Annual statistical returns and brief notes on vaccination in Bengal - 1909-1929
Year: 1909
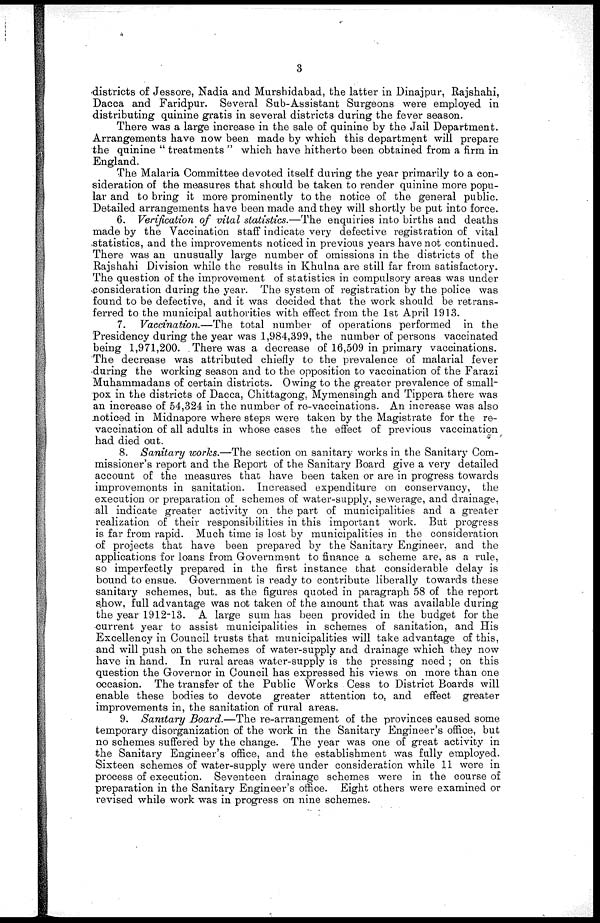
3
districts of Jessore, Nadia and Murshidabad, the latter in Dinajpur, Rajshahi,
Dacca and Faridpur. Several Sub-Assistant Surgeons were employed in
distributing quinine gratis in several districts during the fever season.
There was a large increase in the sale of quinine by the Jail Department.
Arrangements have now been made by which this department will prepare
the quinine " treatments " which have hitherto been obtained from a firm in
England.
The Malaria Committee devoted itself during the year primarily to a con-
sideration of the measures that should be taken to render quinine more popu-
lar and to bring it more prominently to the notice of the general public.
Detailed arrangements have been made and they will shortly be put into force.
6. Verification of vital statistics.—The enquiries into births and deaths
made by the Vaccination staff indicate very defective registration of vital
statistics, and the improvements noticed in previous years have not continued.
There was an unusually large number of omissions in the districts of the
Rajshahi Division while the results in Khulna are still far from satisfactory.
The question of the improvement of statistics in compulsory areas was under
consideration during the year. The system of registration by the police was
found to be defective, and it was decided that the work should be retrans-
ferred to the municipal authorities with effect from the 1st April 1913.
7. Vaccination.—The total number of operations performed in the
Presidency during the year was 1,984,399, the number of persons vaccinated
being 1,971,200. There was a decrease of 16,509 in primary vaccinations.
The decrease was attributed chiefly to the prevalence of malarial fever
during the working season and to the opposition to vaccination of the Farazi
Muhammadans of certain districts. Owing to the greater prevalence of small-
pox in the districts of Dacca, Chittagong, Mymensingh and Tippera there was
an increase of 54,324 in the number of re-vaccinations. An increase was also
noticed in Midnapore where steps were taken by the Magistrate for the re-
vaccination of all adults in whose cases the effect of previous vaccination
had died out.
8. Sanitary works.—The section on sanitary works in the Sanitary Com-
missioner's report and the Report of the Sanitary Board give a very detailed
account of the measures that have been taken or are in progress towards
improvements in sanitation. Increased expenditure on conservancy, the
execution or preparation of schemes of water-supply, sewerage, and drainage,
all indicate greater activity on the part of municipalities and a greater
realization of their responsibilities in this important work. But progress
is far from rapid. Much time is lost by municipalities in the consideration
of projects that have been prepared by the Sanitary Engineer, and the
applications for loans from Government to finance a scheme are, as a rule,
so imperfectly prepared in the first instance that considerable delay is
bound to ensue. Government is ready to contribute liberally towards these
sanitary schemes, but, as the figures quoted in paragraph 58 of the report
show, full advantage was not taken of the amount that was available during
the year 1912-13. A large sum has been provided in the budget for the
-current year to assist municipalities in schemes of sanitation, and His
Excellency in Council trusts that municipalities will take advantage of this,
and will push on the schemes of water-supply and drainage which they now
have in hand. In rural areas water-supply is the pressing need ; on this
question the Governor in Council has expressed his views on more than one
occasion. The transfer of the Public Works Cess to District Boards will
enable these bodies to devote greater attention to, and effect greater
improvements in, the sanitation of rural areas.
9. Sanitary Board.—The re-arrangement of the provinces caused some
temporary disorganization of the work in the Sanitary Engineer's office, but
no schemes suffered by the change. The year was one of great activity in
the Sanitary Engineer's office, and the establishment was fully employed.
Sixteen schemes of water-supply were under consideration while 11 were in
process of execution. Seventeen drainage schemes were in the course of
preparation in the Sanitary Engineer's office. Eight others were examined or
revised while work was in progress on nine schemes.